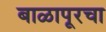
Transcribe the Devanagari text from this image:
बाळापूरचा